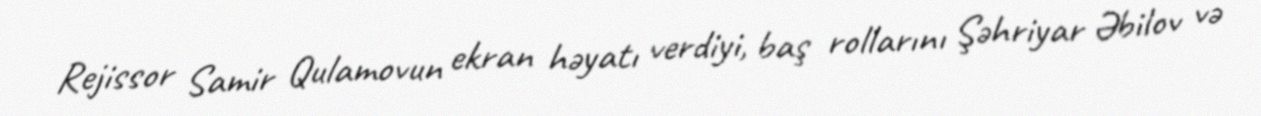
Rejissor Samir Qulamovun ekran həyatı verdiyi, baş rollarını Şəhriyar Əbilov və